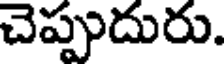
చెప్పుదురు.